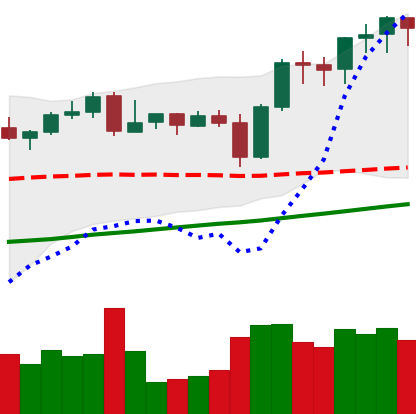
Ticker: BNB-USD
Chart end date: 2021-11-04
Forward return: 13.48%
Label: up_7plus